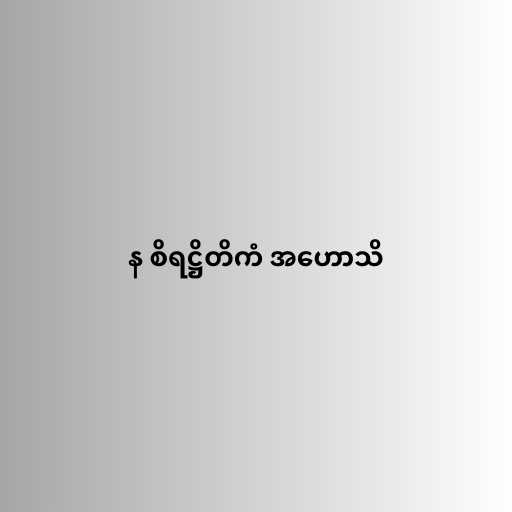
န စိရဋ္ဌိတိကံ အဟောသိ